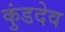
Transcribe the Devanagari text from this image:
कुंडदेव